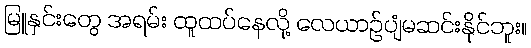
မြူနှင်းတွေ အရမ်း ထူထပ်နေလို့ လေယာဉ်ပျံမဆင်းနိုင်ဘူး။